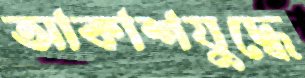
আকাশযুদ্ধে